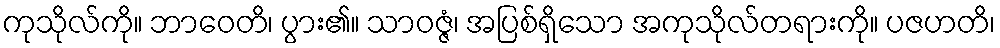
ကုသိုလ်ကို။ ဘာဝေတိ၊ ပွား၏။ သာဝဇ္ဇံ၊ အပြစ်ရှိသော အကုသိုလ်တရားကို။ ပဇဟတိ၊